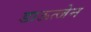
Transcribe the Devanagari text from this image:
डाऊत्जेन